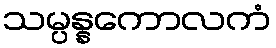
သမ္ပန္နကောလကံ